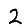
Digit: 2